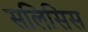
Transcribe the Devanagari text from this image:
सलिसिस